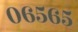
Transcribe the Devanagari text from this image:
०६५६५